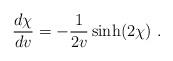
LaTeX: \begin{align*}{d\chi\over dv}=-{1\over 2v}\sinh(2\chi)\ .\end{align*}